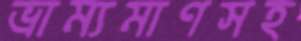
ভ্রাম্যমাণসহ